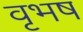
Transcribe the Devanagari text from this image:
वृभष